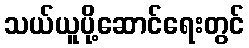
သယ်ယူပို့ဆောင်ရေးတွင်